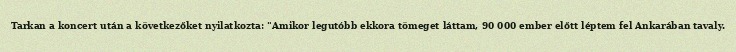
Tarkan a koncert után a következőket nyilatkozta: "Amikor legutóbb ekkora tömeget láttam, 90 000 ember előtt léptem fel Ankarában tavaly.